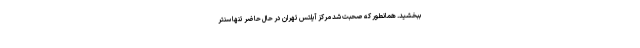
ببخشید. همانطور که صحبت شد مرکز آیلتس تهران در حال حاضر تنها سنتر